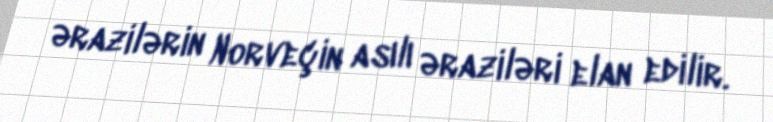
ərazilərin Norveçin asılı əraziləri elan edilir.